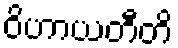
ဝိဟာယတီတိ